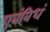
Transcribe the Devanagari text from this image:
एवंविधं